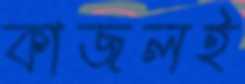
কাজলই